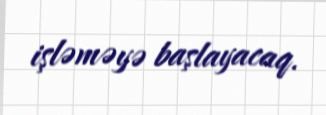
işləməyə başlayacaq.